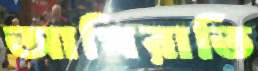
আখিরাতি